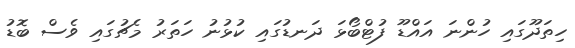
ހިތަދޫގައި ހުންނަ އައްޑޫ ފުޓްބޯޅަ ދަނޑުގައި ކުޅުނު ހަތަރު މެޗުގައި ވެސް ބޮޑު